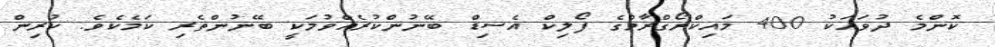
ކޮންމެ ދުވަހަކު 400 މައިކްރޯގްރާމްގެ ފޯލިކް އެސިޑް ބޭނުންކުރެއްވުމަކީ ބޭނުންތެރި ކަމެކެވެ. ކުރިން